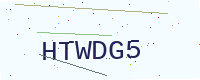
Text: HTWDG5